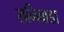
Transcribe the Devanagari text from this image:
रानिवाडा